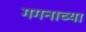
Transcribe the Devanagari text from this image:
गगनाच्या